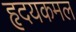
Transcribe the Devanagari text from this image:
हृदयकमल